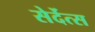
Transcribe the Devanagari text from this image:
सेर्देत्स